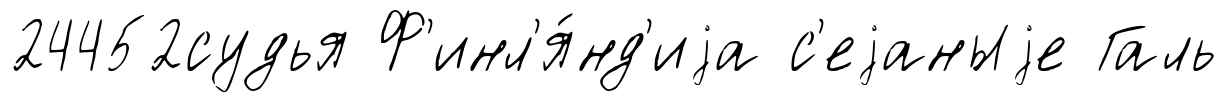
24452судья Ф'инл'я́нд'иjа с'еjаныjе Галь